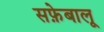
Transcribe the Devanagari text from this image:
सफ़ेबालू